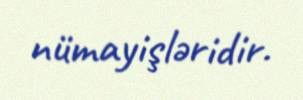
nümayişləridir.